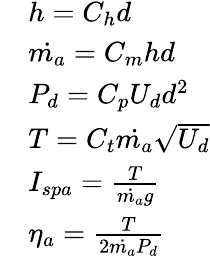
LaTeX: \begin{array}{rl}&{h=C_{h}d}\\ &{\dot{m_{a}}=C_{m}hd}\\ &{P_{d}=C_{p}U_{d}d^{2}}\\ &{T=C_{t}\dot{m_{a}}\sqrt{U_{d}}}\\ &{I_{spa}=\frac{T}{\dot{m_{a}}g}}\\ &{\eta_{a}=\frac{T}{2\dot{m_{a}}P_{d}}}\end{array}